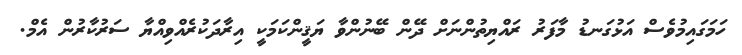
ހަމަގައިމުވެސް އަޅުގަނޑު މާފަރު ރައްޔިތުންނަށް ދޭން ބޭނުންވާ ޔަޤީންކަމަކީ އިރާދަކުރެއްވިއްޔާ ސަރުކާރުން އެމް.